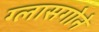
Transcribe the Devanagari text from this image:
ग्लासगोने